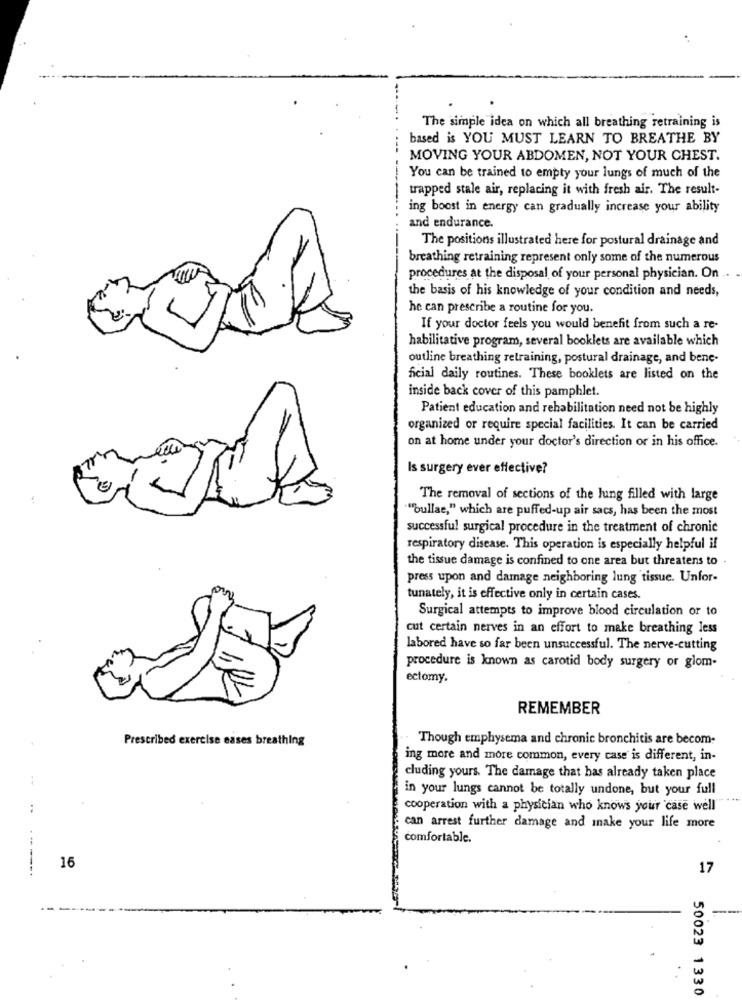
The simple idea on which all breathing retraining is
based is YOU MUST LEARN TO BREATHE BY
MOVING YOUR ABDOMEN, NOT YOUR CHEST.
You can be trained to empty your lungs of much of the
trapped stale air, replacing it with fresh air. The result-
ing boost in energy can gradually increase your ability
and endurance.
The positions illustrated here for postural drainage and
breathing retraining represent only some of the numerous
procedures at the disposal of your personal physician. On .
the basis of his knowledge of your condition and needs,
he can prescribe a routine for you.
If your doctor feels you would benefit from such a re-
habilitative program, several booklets are available which
outline breathing retraining, postural drainage, and bene-
ficial daily routines. These booklets are listed on the
inside back cover of this pamphlet.
Patient education and rehabilitation need not be highly
organized or require special facilities. It can be carried
on at home under your doctor's direction or in his office.
Is surgery ever effective?
The removal of sections of the lung filled with large
""bullae," which are puffed-up air sacs, has been the most
successful surgical procedure in the treatment of chronic
respiratory disease. This operation is especially helpful il
the tissue damage is confined to one area but threatens to
press upon and damage neighboring lung tissue. Unfor-
tunately, it is effective only in certain cases.
Surgical attempts to improve blood circulation or to
cut certain nerves in an effort to make breathing less
labored have so far been unsuccessful. The nerve-cutting
procedure is known as carotid body surgery or glom-
ectomy.
REMEMBER
Prescribed exercise eases breathing
Though emphysema and chronic bronchitis are becom-
ing more and more common, every case' is different, in-
cluding yours. The damage that has already taken place
in your lungs cannot be totally undone, but your full
1
cooperation with a physician who knows your case well
can arrest further damage and make your life more
comfortable.
----
16
50023 1330